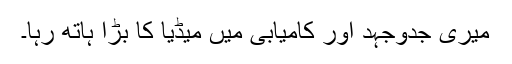
میری جدوجہد اور کامیابی میں میڈیا کا بڑا ہاتھ رہا۔